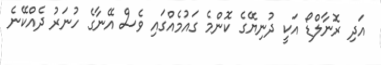
އަދި ރޮނާލްޑޯ އަކީ ދުނިޔޭގެ ކޮންމެ ގައުމެއްގައި ވެސް އޭނާގެ ހުނަރު ދެއްކޭނެ